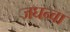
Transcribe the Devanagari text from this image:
जघन्वा